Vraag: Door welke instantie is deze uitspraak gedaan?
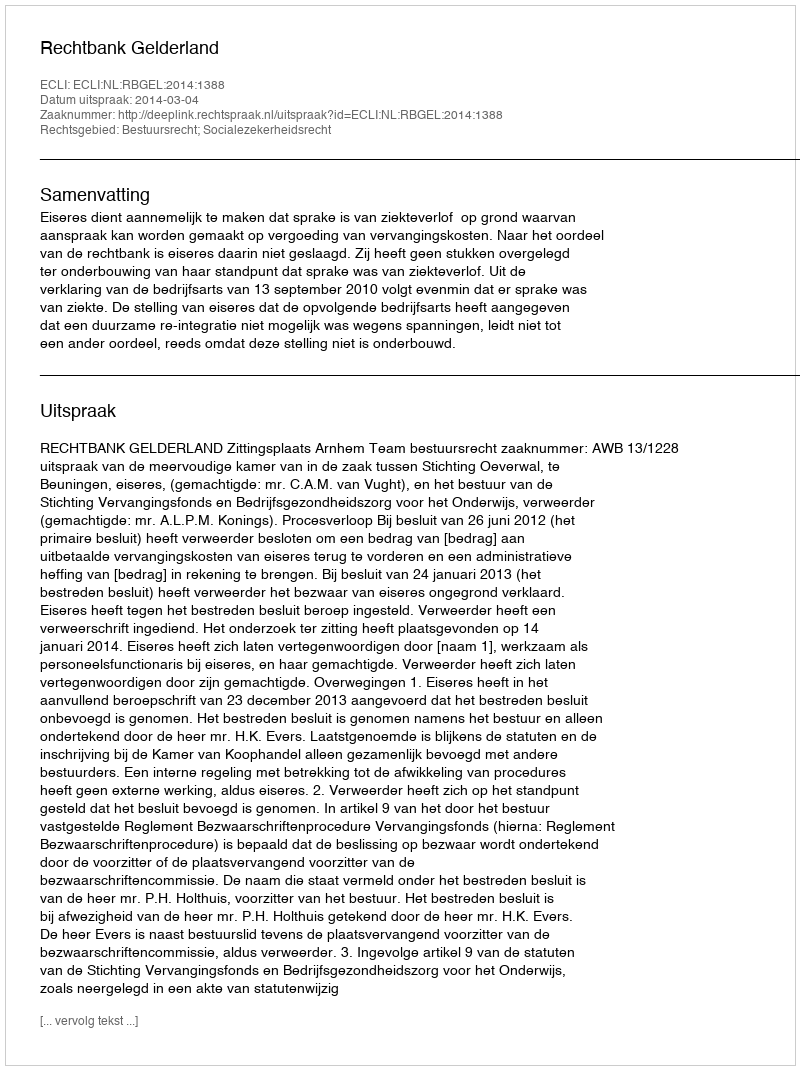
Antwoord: Rechtbank Gelderland